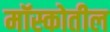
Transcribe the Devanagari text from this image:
मॉस्कोतील